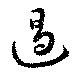
遏